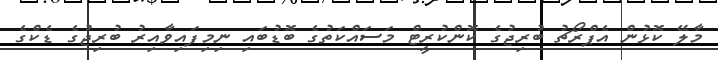
މާލޭ ކޮޅުން އެޕްރޯޗު ބުރިޖުގެ ކޮންކުރީޓް މަސައްކަތުގެ ބޮޑުބައި ނިމިފައިވާއިރު ބުރިޖުގެ ޑެކްގެ